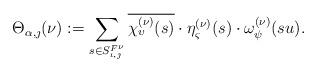
LaTeX: \begin{align*}\Theta_{\alpha, \jmath}(\nu): = \sum_{s\in S^{F^\nu}_{\iota, \jmath}} \overline{\chi_{\upsilon}^{(\nu)}(s)}\cdot \eta_{\varsigma}^{(\nu)}(s)\cdot \omega_{\psi}^{(\nu)}(su).\end{align*}